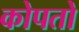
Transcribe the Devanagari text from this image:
कोपतो